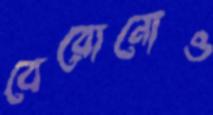
বেরোনোও